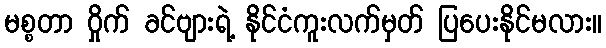
မစ္စတာ ဝှိုက် ခင်ဗျားရဲ့ နိုင်ငံကူးလက်မှတ် ပြပေးနိုင်မလား။